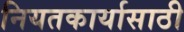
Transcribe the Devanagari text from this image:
नियतकार्यासाठी